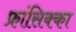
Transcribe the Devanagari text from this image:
फ्रांसिक्का